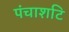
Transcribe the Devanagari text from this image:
पंचाशटि